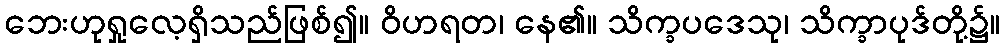
ဘေးဟုရှုလေ့ရှိသည်ဖြစ်၍။ ဝိဟရတ၊ နေ၏။ သိက္ခပဒေသု၊ သိက္ခာပုဒ်တို့၌။